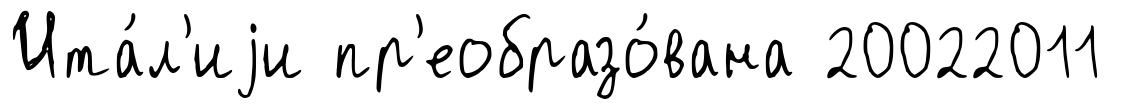
Ита́л'иjи пр'еобразо́вана 20022011